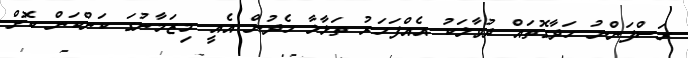
ރަސްފަންނު ހަދާގޮތައް ދުވާލަކު އެއްފަހަރު ތަޅާލާ ހެދުން އެއީ މިޒަމާނުގަ ކަންކަން ކޮށް